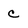
Character: c